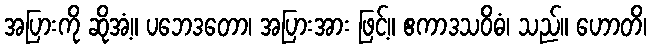
အပြားကို ဆိုအံ့။ ပဘေဒတော၊ အပြားအား ဖြင့်။ ဧကာဒသဝိဓံ၊ သည်။ ဟောတိ၊